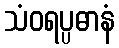
သံဝရပ္ပဓာနံ